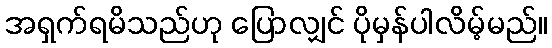
အရှက်ရမိသည်ဟု ပြောလျှင် ပိုမှန်ပါလိမ့်မည်။